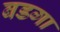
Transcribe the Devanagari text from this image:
बडगा